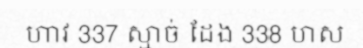
ហាវ 337 ស្មាច់ ដែង 338 ហស